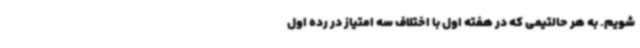
شویم. به هر حالتیمی که در هفته اول با اختلاف سه امتیاز در رده اول